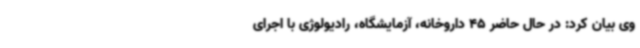
وی بیان کرد: در حال حاضر 45 داروخانه، آزمایشگاه، رادیولوژی با اجرای